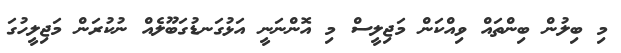
މި ބިލުން ބިންތައް ވިއްކަން މަޖިލީސް މި އޮންނަނީ އަޅުގަނޑުގަބޫލެއް ނުކުރަން މަޖިލީހުގަ